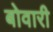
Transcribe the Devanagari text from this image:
बोवारी